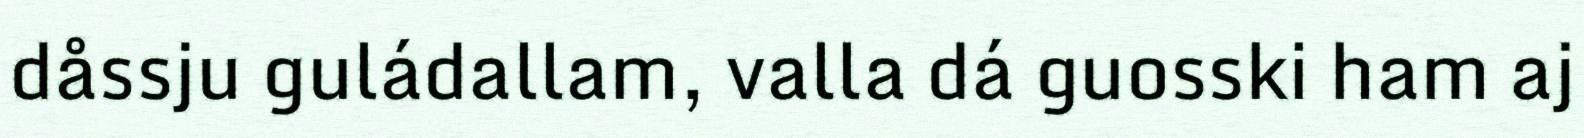
dåssju guládallam, valla dá guosski ham aj